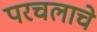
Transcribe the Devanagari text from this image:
परचलाचे